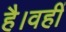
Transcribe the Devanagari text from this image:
है।वहीं